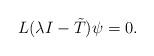
LaTeX: \begin{align*}L(\lambda I-\tilde{T})\psi=0.\end{align*}